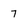
Character: 7